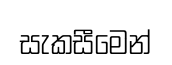
සැකසීමෙන්